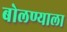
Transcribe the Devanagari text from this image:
बोलण्याला